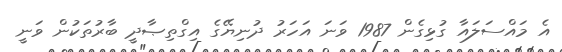
އެ މައްސަލައާ ގުޅިގެން 1987 ވަނަ އަހަރު ދުނިޔޭގެ އިގްތިޞާދީ ބާރުތަކުން ވަނީ